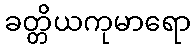
ခတ္တိယကုမာရော